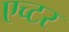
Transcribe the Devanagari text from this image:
एच्टर